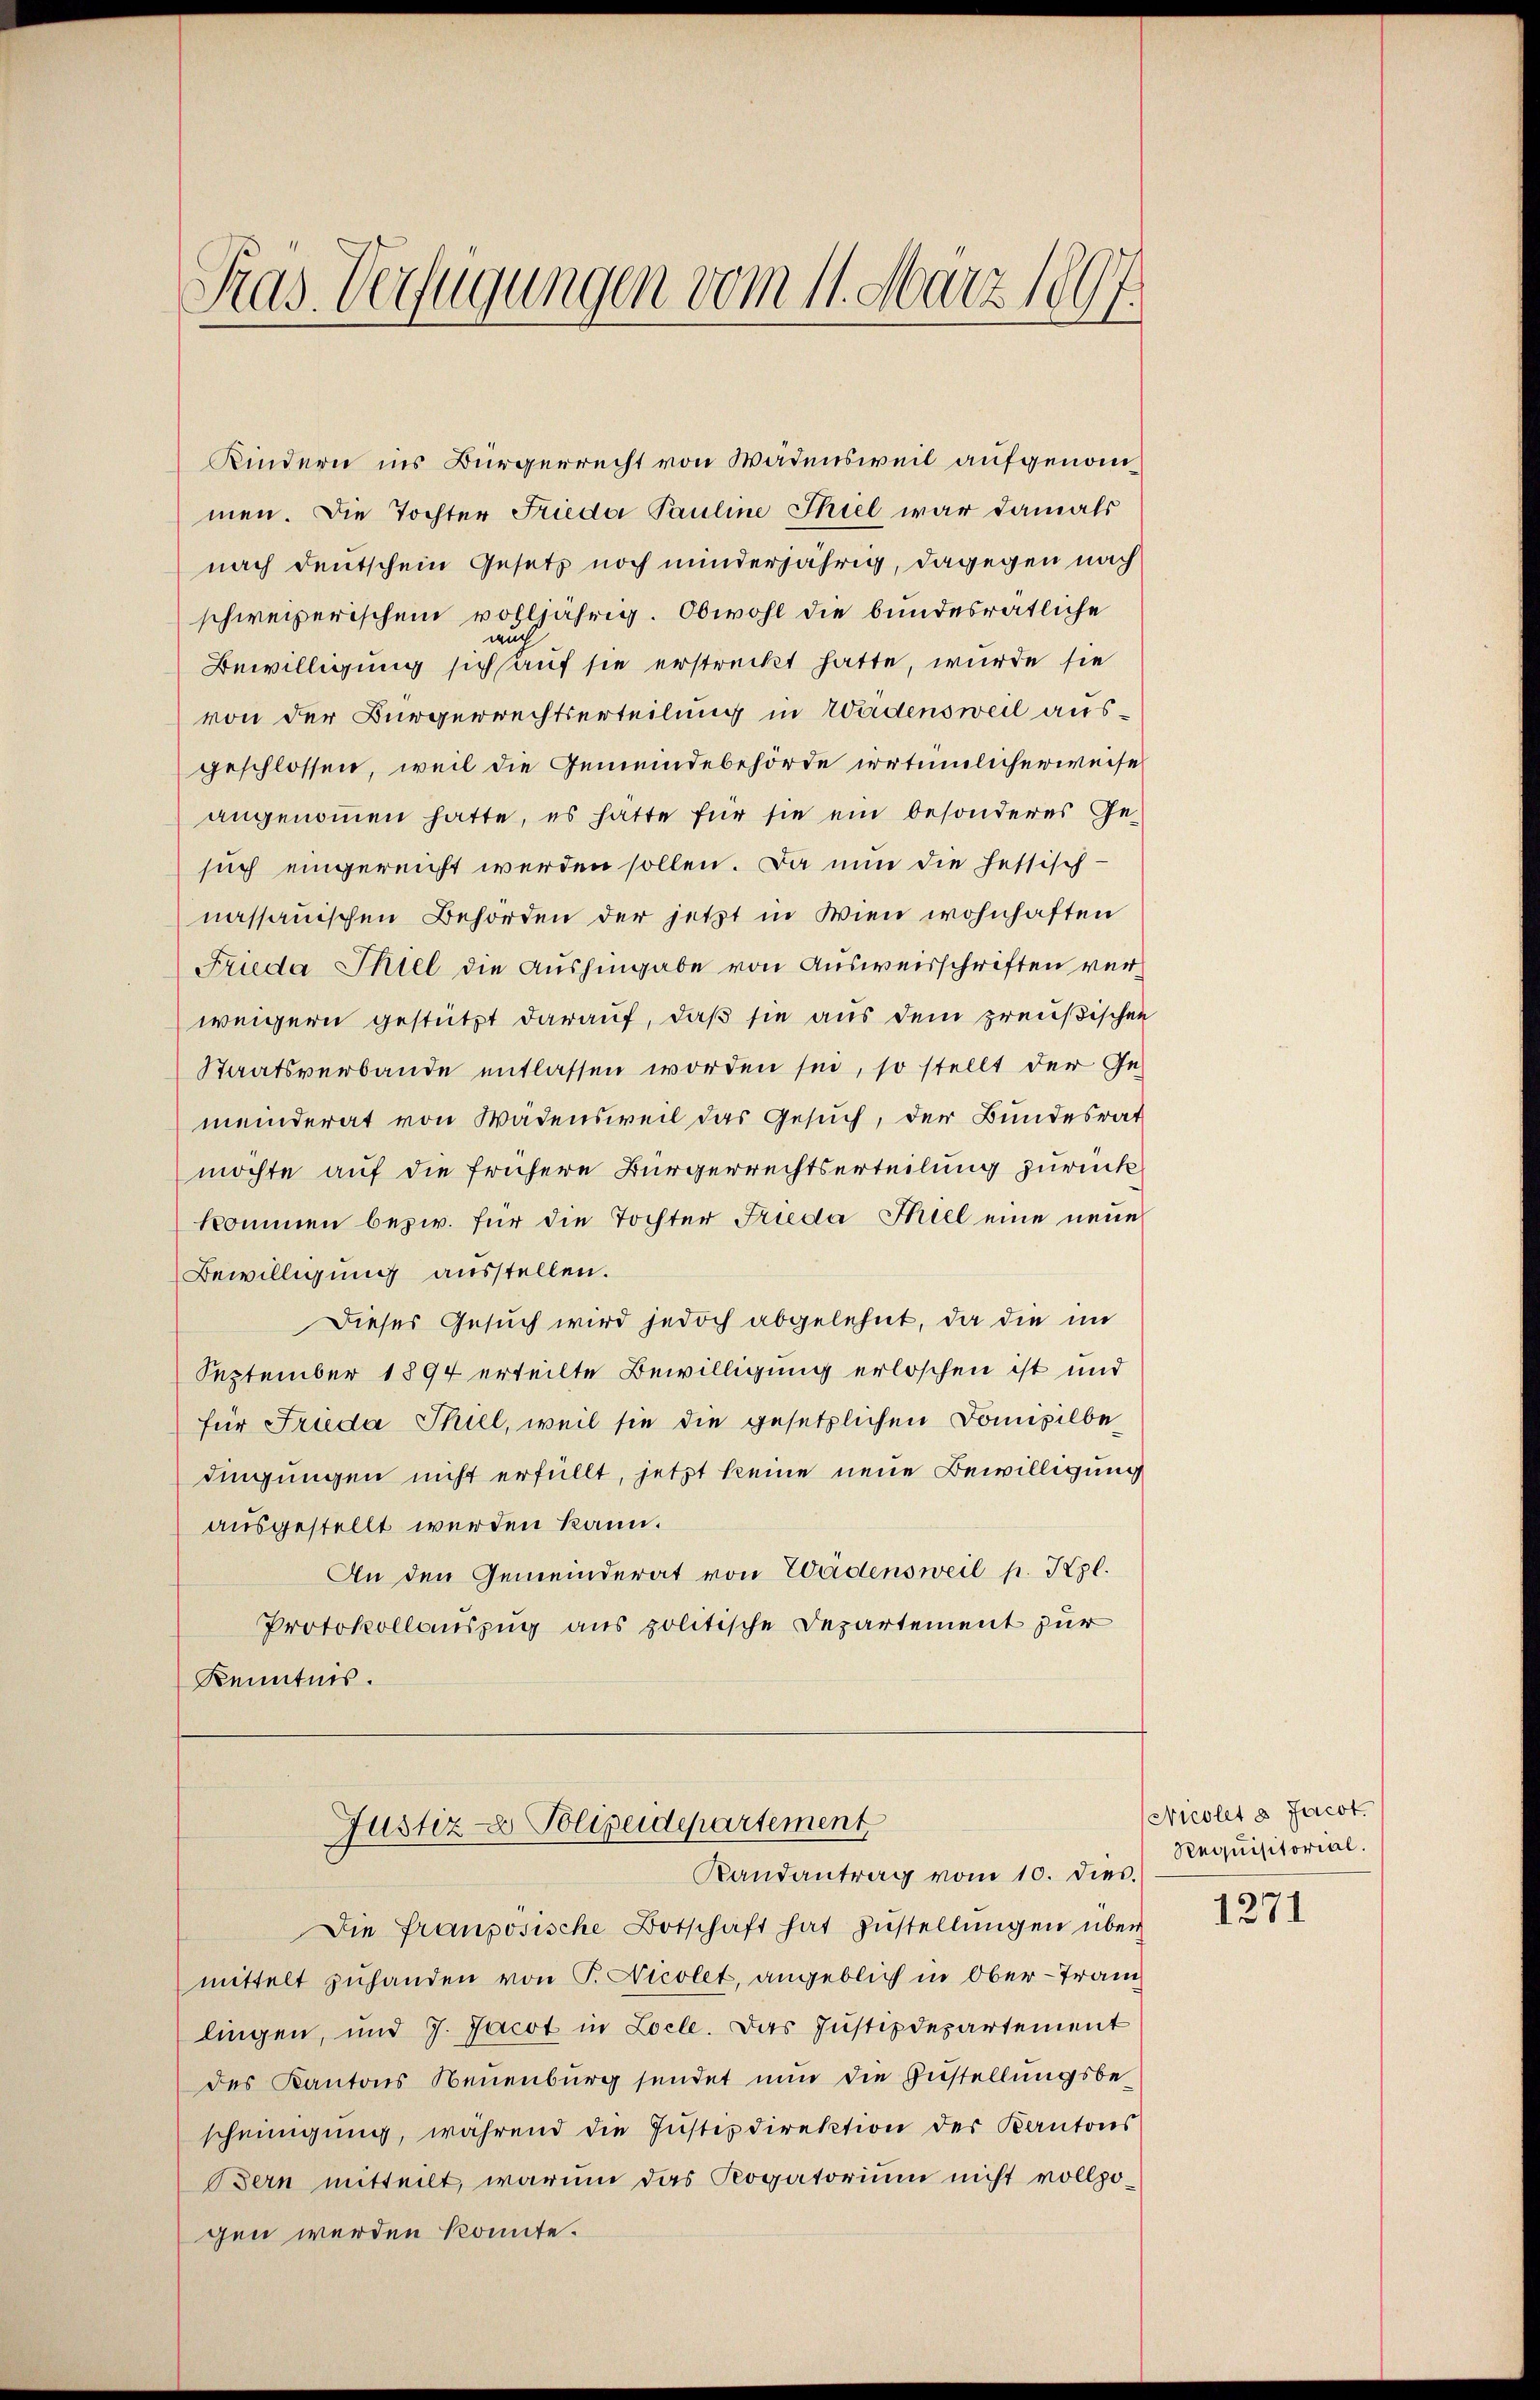
Pras Verfügungen vom 11. März 1897
¬

Kindern ins Bürgerrecht von Wädensweil aufgenommen. Die Tochter Frieda Pauline Thiel war damals
nach deutschein Gesetz noch minderjährig, dagegen nach
schweizerischen volljährig. Obwohl die bundesrätliche
Bewilligung sich auf sie erstreckt hatte, wurde sie
von der Bürgerrechtserteilung in Wädensweil ausgeschlossen, weil die Gemeindebehörde irrtümlicherweise
angenommen hatte, es hatte für sie ein besonderes Gesuch eingereicht werden sollen. Da nun die hessisch-
nassauischen Behörden der jetzt in Wien wohnhaften
Frida Intel die Aushingabe von Ausweisschriften verweigern gestützt darauf, daß sie aus dem preußischen
Staatsverbande entlassen worden sei, so stellt der Ge-
meinderat von Wädensweil das Gesuch, der Bundesrat
möchte auf die frühere Bürgerrechtserteilung zurückkommen bezw. für die Tochter Frieda Thiel eine neue
Bewilligung ausstellen.
Dieses Gesuch wird jedoch abgelehnt, da die im
September 1894 erteilte Bewilligung erloschen ist und
für Frieda Thiel, weil sie die gesetzlichen Domizilbedingungen nicht erfüllt, jetzt keine neue Bewilligung
ausgestellt werden kann.
An den Gemeinderat von Wadensweil p. Kgl.
Protokollauszug aus politische Departement zur
Kenntnis.

Justiz- & Polizeidepartement
Randantrag vom 10. dies.

Die französische Botschaft hat Zŭstellŭngen über
mittelt zuhanden von P. Nicolet, angeblich in Ober-Tran
lingen, und 7. Jacot in Locle. Das Justizdepartement
des Kantons Neuenburg sendet nun die Zustellungsbescheinigŭng, während die Justizdirektion der Kantons
Bern mitteilt, warum das Rogatorium nicht vollzo-
gen werden könnte.

Nicolet 8. Jacot.
Requisitorial.
1271